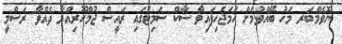
ނޮވެމްބަރ މަހު ބޭއްވުމަށް ހަމަޖެހިފައިވާ ސާކް ސަމިޓުގައި ރައީސް ޖުމްހޫރިއްޔާ ދެއްވާ ރަސްމީ